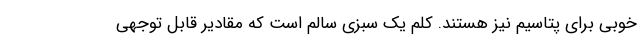
خوبی برای پتاسیم نیز هستند. کلم یک سبزی سالم است که مقادیر قابل توجهی